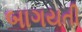
બાગયતી